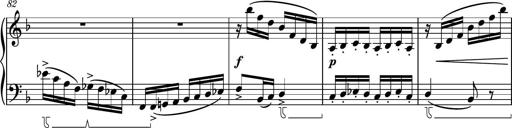
Title: Piano Sonatina No.8
Composer: Dimitri Sykias
Key: F major